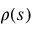
\rho ( s )